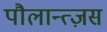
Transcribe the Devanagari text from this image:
पौलान्त्ज़स